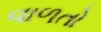
વાળતો